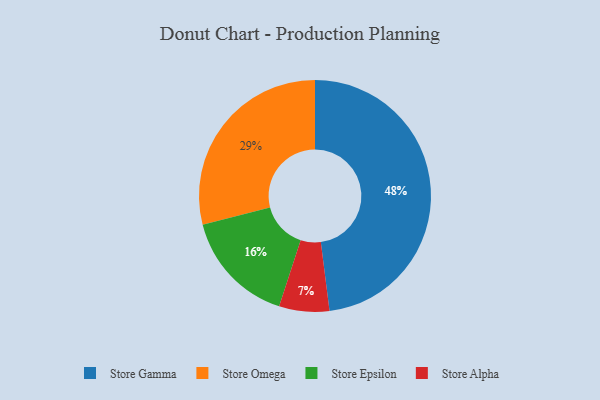
{"axis": {"x": "Category", "y": "Percentage"}, "legend": ["Store Alpha", "Store Epsilon", "Store Gamma", "Store Omega"], "data": [{"x": "Store Gamma", "y": 48, "type": "Store Gamma"}, {"x": "Store Alpha", "y": 7, "type": "Store Alpha"}, {"x": "Store Omega", "y": 29, "type": "Store Omega"}, {"x": "Store Epsilon", "y": 16, "type": "Store Epsilon"}]}